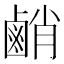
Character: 䴛